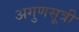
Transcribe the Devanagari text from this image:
अगुणसूत्री